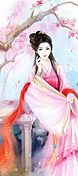
重见金英人未见。相思一夜天涯远。